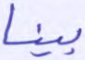
بينا